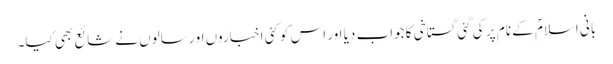
بانی اسلامؐ کے نا م پر کی گئی گستاخی کا جواب دیا اور اس کو کئی اخباروں او رسالوں نے شائع بھی کیا۔